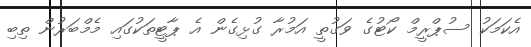
އެކަމަކު ސުޕްރީމް ކޯޓުގެ ވަގުތީ އަމުރާ ގުޅިގެން އެ ޕާޓީތަކުގައި މެމްބަރުން ތިބި